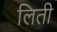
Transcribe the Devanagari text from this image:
लिती